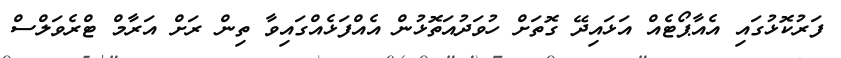
ފަރުކޮޅުގައި އެއާޕޯޓެއް އަޅައިދޭ ގޮތަށް ހުވަދުއަތޮޅުން އެއްފަޅެއްގައިވާ ތިން ރަށް އަރާމް ޓްރެވަލްސް